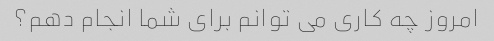
امروز چه کاری می توانم برای شما انجام دهم؟